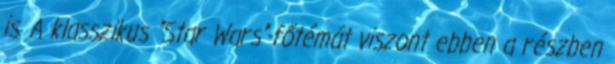
is. A klasszikus "Star Wars"-főtémát viszont ebben a részben